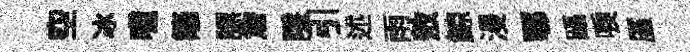
空冰噫籬謤詹隱引述雨敖鯨漫鄠躡唳厪